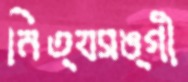
নিত্যসঙ্গী